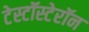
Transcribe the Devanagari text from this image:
टेस्टॉस्टेरॉन